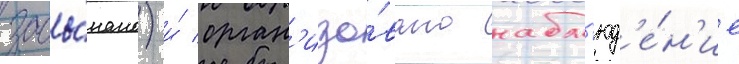
засы́пано) и́ орган'изо́вано набл'юд'е́н'ие